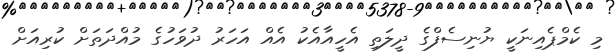
މި ކެމްޕެއިނަކީ ޔުނިސެފްގެ ދީލަތި އެހީއާއެކު އެއް އަހަރު ދުވަހުގެ މުއްދަތަށް ކުރިއަށް